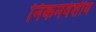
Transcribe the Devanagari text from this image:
निकमवंशीय